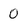
Character: 0